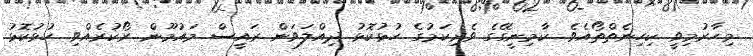
މިހާރުމިވީ ކިހިނެތްތޯއެވެ. ކާމިނީގޭގެ ވެރިކަމުގެ ހުޅުކޮޅު ދިއްލަވަން ރައީސް މައުމޫން ރޯކުރެއްވި ހުޅުކޮޅު